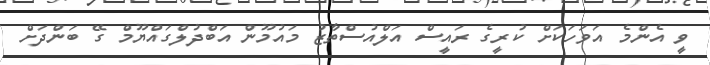
ވީ އެންމެ އަވަަހަކަށް ކުރީގެ ރައީސް އަލްއުސްތާޒު މައުމޫން އަބްދުލްގައްޔޫމް ގޭ ބަންދަށް